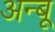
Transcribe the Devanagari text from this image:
अन्बू